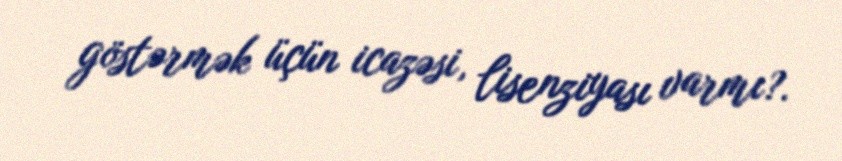
göstərmək üçün icazəsi, lisenziyası varmı?.